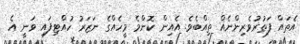
އެތައް ފަތުރުވެރިންނެއް ތިއްބެވެ. އެއިން ކޮންމެ މީހެއްގެ ނަޒަރު ހުއްޓިފައި ވަނީ އެ